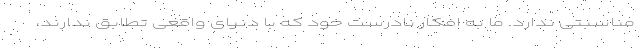
مناسبتی ندارد. ما به افکار نادرست خود که با دنیای واقعی تطابق ندارند،